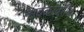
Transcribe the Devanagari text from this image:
तांदळावरील